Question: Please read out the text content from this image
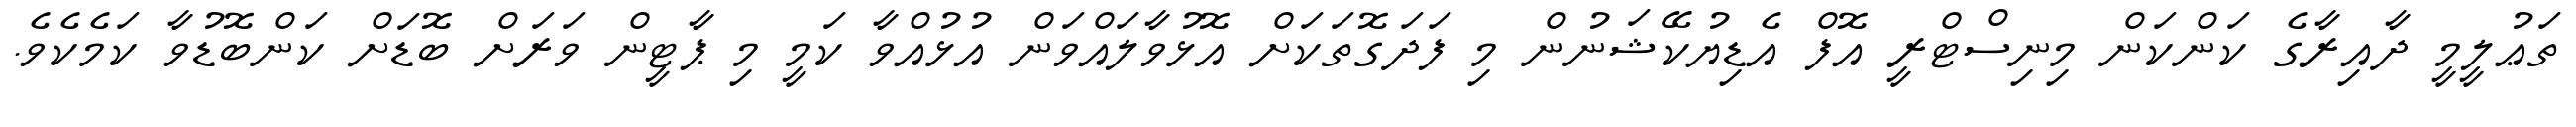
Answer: ތަޢުލީމީ ދާއިރާގެ ކަންކަން މިނިސްޓްރީ އޮފް އެޑިޔުކޭޝަނުން މި ފަދަގޮތަކަށް އޮޅުވާލައްވަން އުޅުއްވާ ކަމީ މި ޕާޓީން ވަރަށް ބޮޑަށް ކަންބޮޑުވާ ކަމެކެވެ.